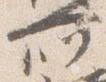
所